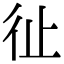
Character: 𢓊